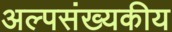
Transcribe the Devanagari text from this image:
अल्पसंख्यकीय